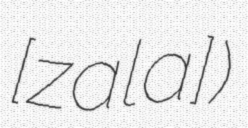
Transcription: [ˈzaːla])